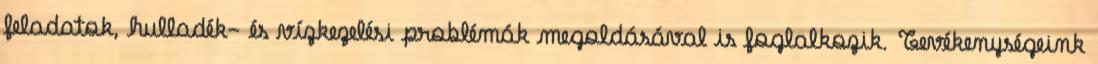
feladatok, hulladék- és vízkezelési problémák megoldásával is foglalkozik. Tevékenységeink